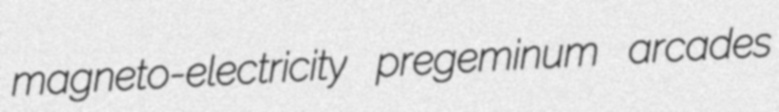
magneto-electricity pregeminum arcades